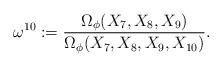
LaTeX: \begin{align*} \omega^{10}:=\frac{\Omega_\phi(X_7,X_8,X_9)}{\Omega_\phi(X_7,X_8,X_9,X_{10})}.\end{align*}